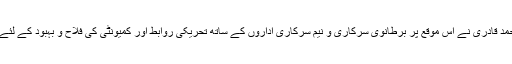
منہاج القرآن انٹرنیشنل برطانیہ کے نائب صدر اشتیاق احمد قادری نے اس موقع پر برطانوی سرکاری و نیم سرکاری اداروں کے ساتھ تحریکی روابط اور کمیونٹی کی فلاح و بہبود کے لئے کئے جانے والے اقدامات سے تفصیلی طور پر آگاہ کیا۔